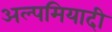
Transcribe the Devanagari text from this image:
अल्पमियादी